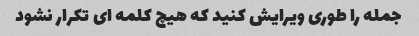
جمله را طوری ویرایش کنید که هیچ کلمه ای تکرار نشود